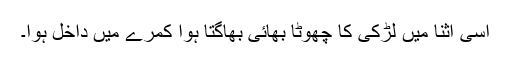
اسی اثنا میں لڑکی کا چھوٹا بھائی بھاگتا ہوا کمرے میں داخل ہوا۔